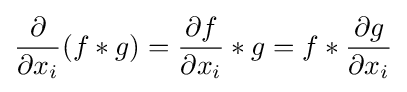
{\frac {\partial }{\partial x_{i}}}(f*g)={\frac {\partial f}{\partial x_{i}}}*g=f*{\frac {\partial g}{\partial x_{i}}}